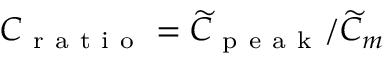
C _ { \mathrm { ~ r ~ a ~ t ~ i ~ o ~ } } = \widetilde { C } _ { \mathrm { ~ p ~ e ~ a ~ k ~ } } / \widetilde { C } _ { m }